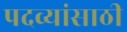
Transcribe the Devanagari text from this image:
पदव्यांसाठी